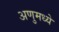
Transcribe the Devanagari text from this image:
अणुमध्ये